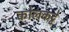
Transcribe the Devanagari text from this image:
कोलकट्टे